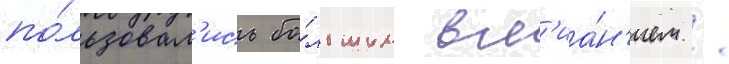
по́льзовал'ись бо́льшим вл'иа́н'ием /